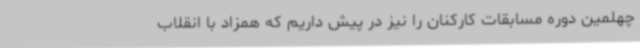
چهلمین دوره مسابقات کارکنان را نیز در پیش داریم که همزاد با انقلاب